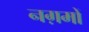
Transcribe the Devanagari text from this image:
नग़मों